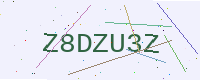
Text: Z8DZU3Z